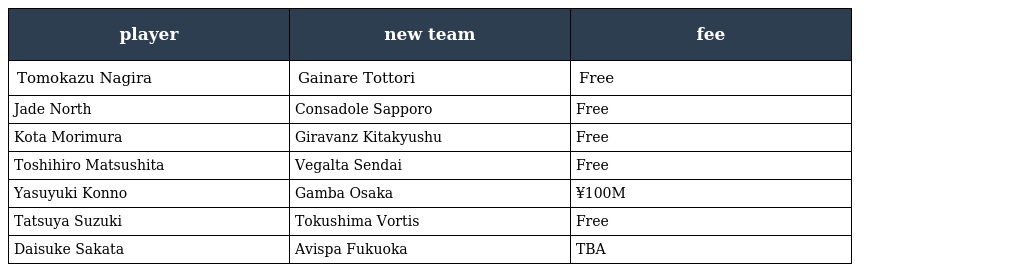
| player | new team | fee |
 | --- | --- | --- |
 | Tomokazu Nagira | Gainare Tottori | Free |
 | Jade North | Consadole Sapporo | Free |
 | Kota Morimura | Giravanz Kitakyushu | Free |
 | Toshihiro Matsushita | Vegalta Sendai | Free |
 | Yasuyuki Konno | Gamba Osaka | ¥100M |
 | Tatsuya Suzuki | Tokushima Vortis | Free |
 | Daisuke Sakata | Avispa Fukuoka | TBA |